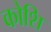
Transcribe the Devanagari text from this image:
कोशि